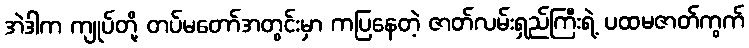
အဲဒါက ကျုပ်တို့ တပ်မတော်အတွင်းမှာ ကပြနေတဲ့ ဇာတ်လမ်းရှည်ကြီးရဲ့ ပထမဇာတ်ကွက်